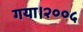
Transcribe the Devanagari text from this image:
गया।२००५